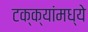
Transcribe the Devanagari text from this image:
टक्‍क्‍यांमध्ये